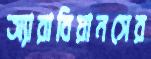
অ্যারাবিয়ানসের